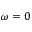
\omega = 0